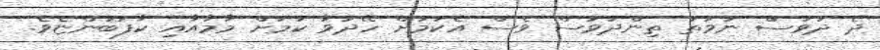
ދެ ދުވަސް ނުވަތަ ތިންދުވަސް ވެސް އެކަމަށް ހޭދަވާ ކަމަށް މާމާއާއި ކާފަބުންޏެވެ.